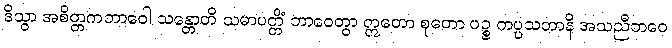
ဒိသွာ အစိတ္တကဘာဝေါ သန္တောတိ သမာပတ္တိံ ဘာဝေတွာ ဣတော စုတော ပဉ္စ ကပ္ပသတာနိ အသညီဘဝေ